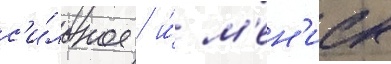
с'и́льное / и́ м'ен'иск